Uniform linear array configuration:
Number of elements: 24
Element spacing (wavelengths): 0.75
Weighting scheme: hann
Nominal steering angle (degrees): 0
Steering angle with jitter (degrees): -0.7697
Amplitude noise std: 0.05
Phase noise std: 0.05

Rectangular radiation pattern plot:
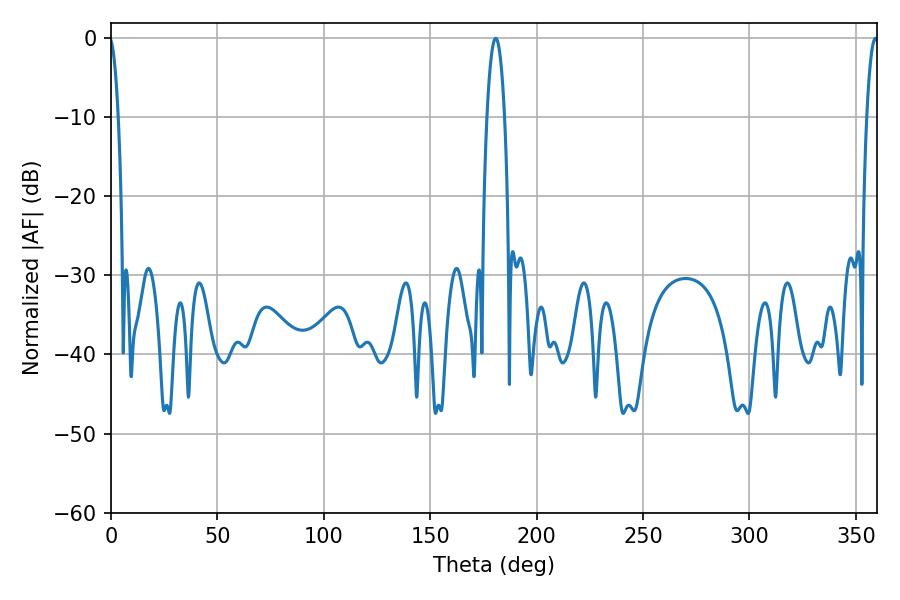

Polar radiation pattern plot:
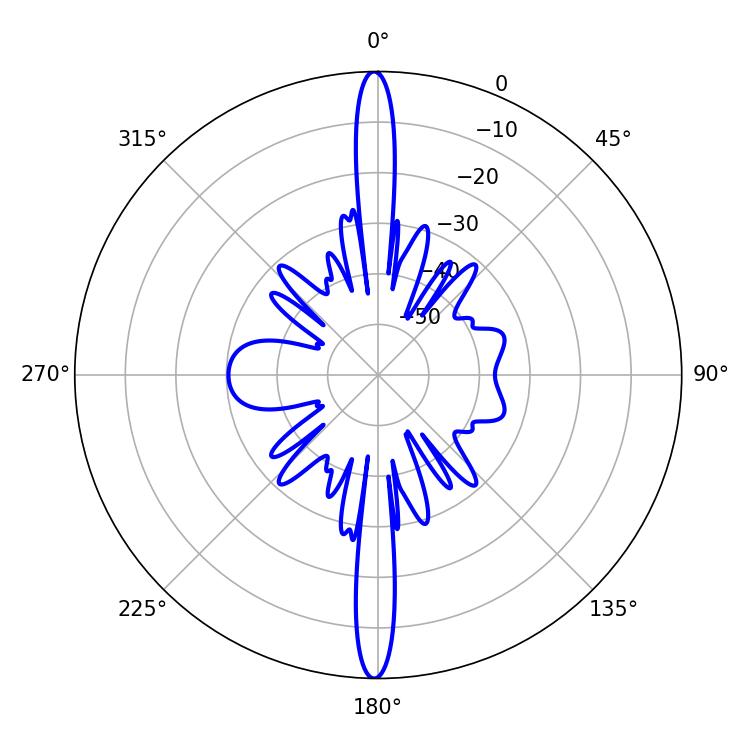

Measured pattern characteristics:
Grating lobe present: TRUE
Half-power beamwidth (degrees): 4.5
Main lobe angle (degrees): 180.72